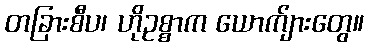
တခြားစီပ၊ ဟိုဥစ္စာက ယောက်ျားတွေ။